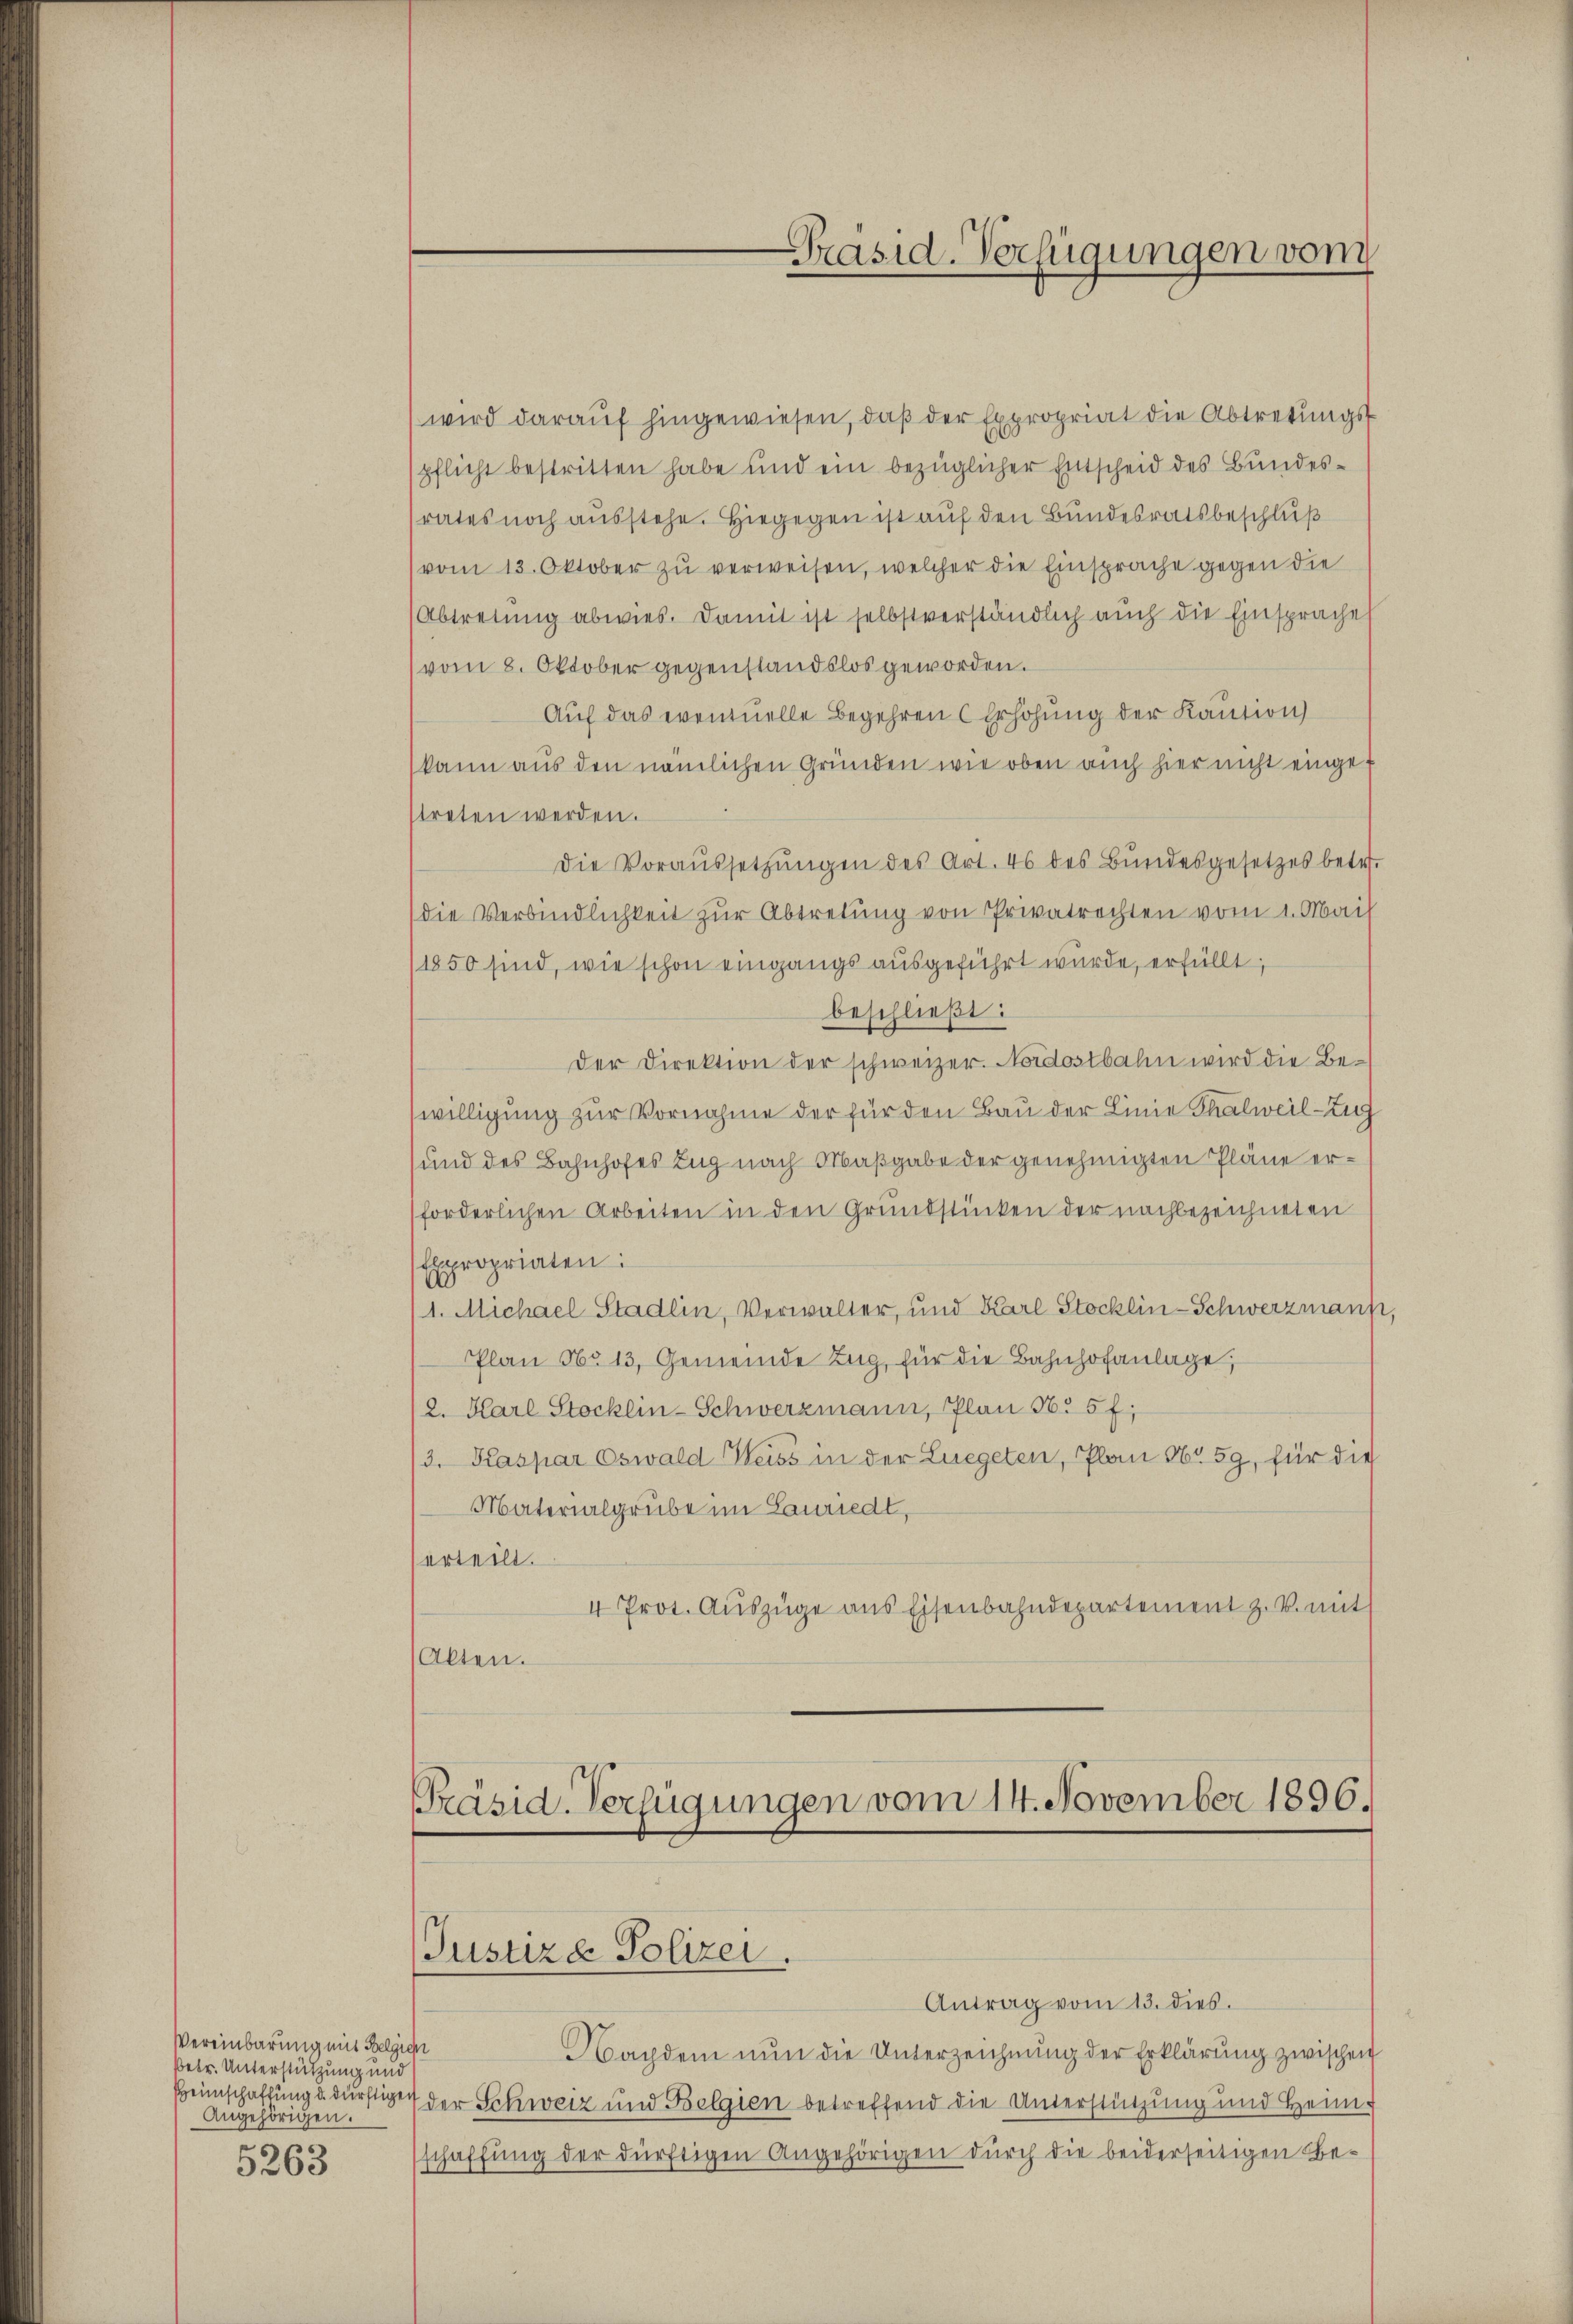
Vereinbarung mit Belgien
Betr. Unterstützung und
eangen eine

5263

wird daraŭf hingewiesen, daβ der Expropriat die Abtretŭngs-
spflicht bestritten habe und ein bezüglicher Entscheid des Bundesrates noch ausstehe. Hiegegen ist auf den Bundesratsbeschluß
vom 13. Oktober zu verweisen, welcher die Einsprache gegen die
Abtretung abwies. Damit ist selbstverständlich auch die Einsprache
vom 8. Oktober gegenstandslos geworden.
Auf das eventuelle Begehren Erhöhung der Kaution
(kann aus den nämlichen Gründen wie oben auch hier nicht eingestreten werden.
Die Voraŭssetzŭngen des Art. 46 des Bŭndesgesetzes betr.
die Verbindlichkeit zur Abtretung von Privatrechten vom 1. Mai
(1850 sind, wie schon eingangs ausgeführt wurde, erfüllt,
beschließt:
der Direktion der schweizer. Nordostbahn wird die Bewilligung zur Vornahme der für den Bau der Linie Thalweil–Zug
und des Bahnhofes Zug nach Maßgabe der genehmigten Pläne erforderlichen Arbeiten in den Grundstücken der nachbezeichneten
Expropriaten:
1. Michael Stadlin, Verwalter, und Karl Stocklin-Schwerzmann,
Plan No 13, Gemeinde Zug, für die Bahnhofanlage,
2. Karl Stocklin-Schwerzmann, Plan N. 5 f:
/3. Kaspar Oswald Weiss in der Luegeten, Plan No 59, für die
Materialgrube im Lauriedt,
erteilt.
4 Prot. Auszüge ans Eisenbahndepartement z. B. mit
Akten.

Antrag vom 13. dies.
Nachdem nun die Unterzeichnung der Erklärung zwischen
Beinschaftung u. dürftige der Schweiz und Belgien betreffend die Unterstützung und Heim
schaffung der dürftigen Angehörigen durch die beiderseitigen Be¬

Präsid. Verfügungen vom

Präsid. Verfügungen vom 14. November 1896.

Justiza Polizei.